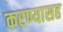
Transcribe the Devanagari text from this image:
करण्यासह